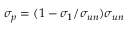
\sigma _ { p } = ( 1 - \sigma _ { 1 } / \sigma _ { u n } ) \sigma _ { u n }